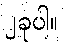
၂ခုပါ။